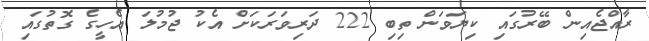
ރާއްޖެއިން ބޭރުގައި ކިޔަވަން ތިބި 222 ދަރިވަރަކަށް އެކު ޖުމުލަ އެހީގެ ގޮތުގައި